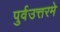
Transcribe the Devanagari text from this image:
पुर्वउत्तरमे